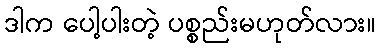
ဒါက ပေါ့ပါးတဲ့ ပစ္စည်းမဟုတ်လား။